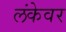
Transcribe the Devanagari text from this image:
लंकेवर